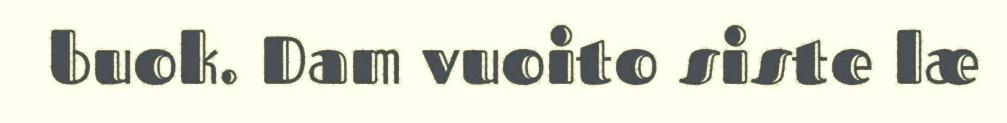
buok. Dam vuoito siste læ